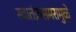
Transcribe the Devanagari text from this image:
स्वातंत्र्यसमरामुळे